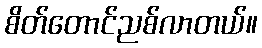
စိတ်တောင်ညစ်လာတယ်။